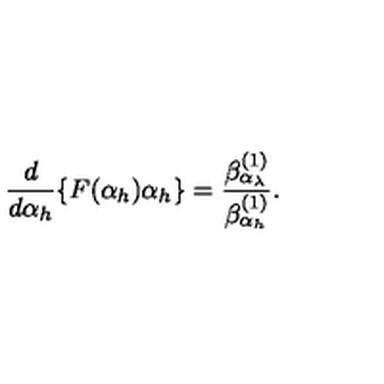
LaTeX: \frac { d } { d \alpha _ { h } } \{ F ( \alpha _ { h } ) \alpha _ { h } \} = \frac { \beta _ { \alpha _ { \lambda } } ^ { ( 1 ) } } { \beta _ { \alpha _ { h } } ^ { ( 1 ) } } .